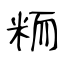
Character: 粫